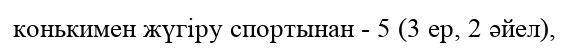
конькимен жүгіру спортынан - 5 (3 ер, 2 әйел),